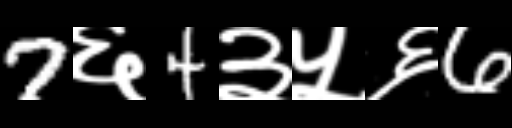
Text: 7६4३५६6